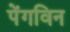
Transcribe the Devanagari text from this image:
पेंगविन